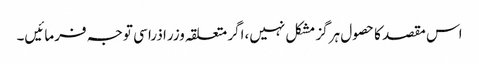
اس مقصد کا حصول ہرگز مشکل نہیں،اگر متعلقہ وزرا ذرا سی توجہ فرمائیں۔